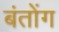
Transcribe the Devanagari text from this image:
बंतोंग